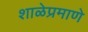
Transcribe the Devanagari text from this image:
शाळेप्रमाणे